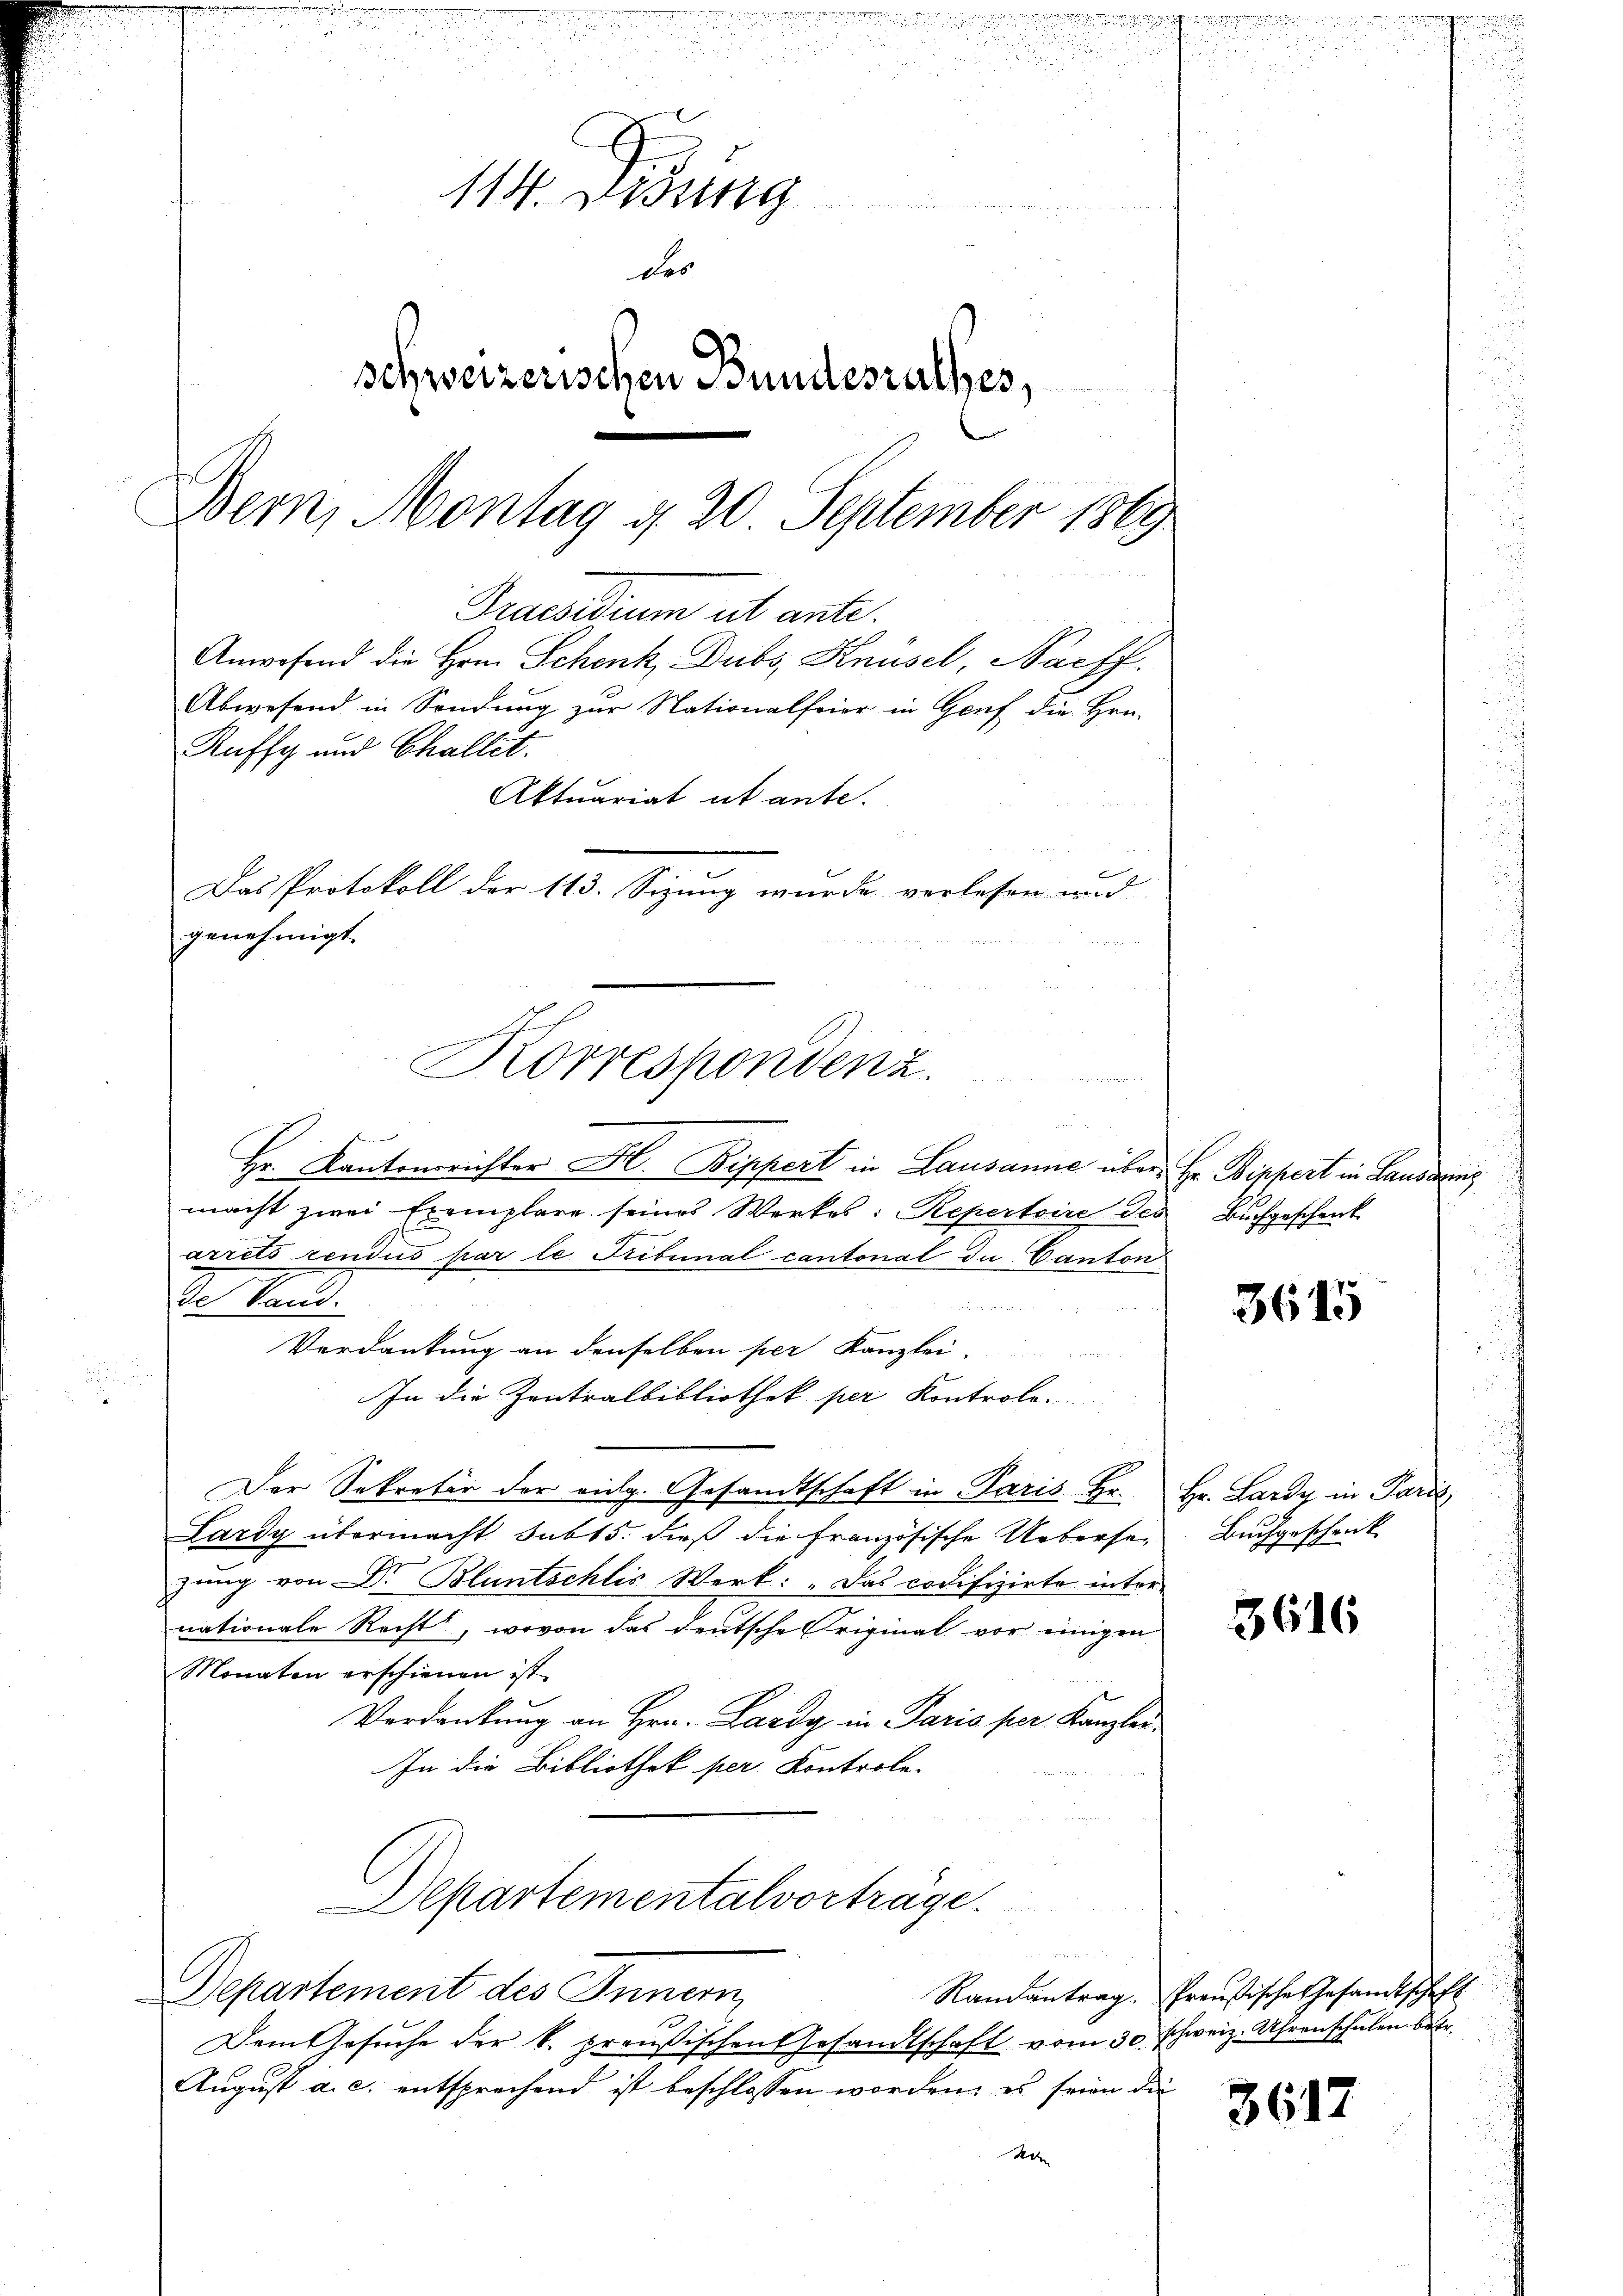
.
114. Dessing
des
schweizerischen Bundesrathes,
Bern, Montag d. 20. September 1869
Praesidium ut ante.
Anwesend die Hrn. Schenk, Dubs, Knüsel, Nachf
Abwesend in Sendung zŭr Nationalfeier in Genf die Hrn.
Ruffy und Challet.
Aktuariat ut ante.
Das Protokoll der 100. wurde verlesen und
genehmigt.

Korrespondenz.

u
a
Hr. Kantonsrichter Hr. Bippert in Lausanne über Hr. Bippert in Landerenz
macht zwei Exemplare seines Werkes: Repertoire de
arrêts rendus par le Tribunal cantonal du Canton
de Land.
Verdankung an denselben per Kanzlei-
In die Zentralbibliothek per Kontrole.
Der Sekretär der eidg. Gesandtschaft in Paris. Hr.
Lardy übermacht sub 15. dieß die Französische Uebersezung von Dr. Bluntschlis Werk: „Das codifizirte inte
nationale Rechts, wovon das deutsche Original vor einigen
Monaten erschienen ist.
Verdankung an Hrn. Lardy in Paris per Kanzler
In die Bibliothek per Kontrole-
Departementalvortrage.
Departement des Innern
Dem Gesuche der k. preußischen Gesandtschaft vom 30. Schweiz. Uhrenschulen betr
August a. c. entsprechend ist beschlossen worden, es seien di
A

Buchgeschenk.

3615

Hr. Lardy in Parit
Buchgeschenk

3616

Randantrag. Preußische Gesandtschaft

3617